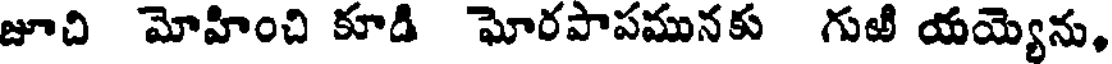
జూచి మోహించి కూడి ఘోరపాపమునకు గుఱి యయ్యెను,